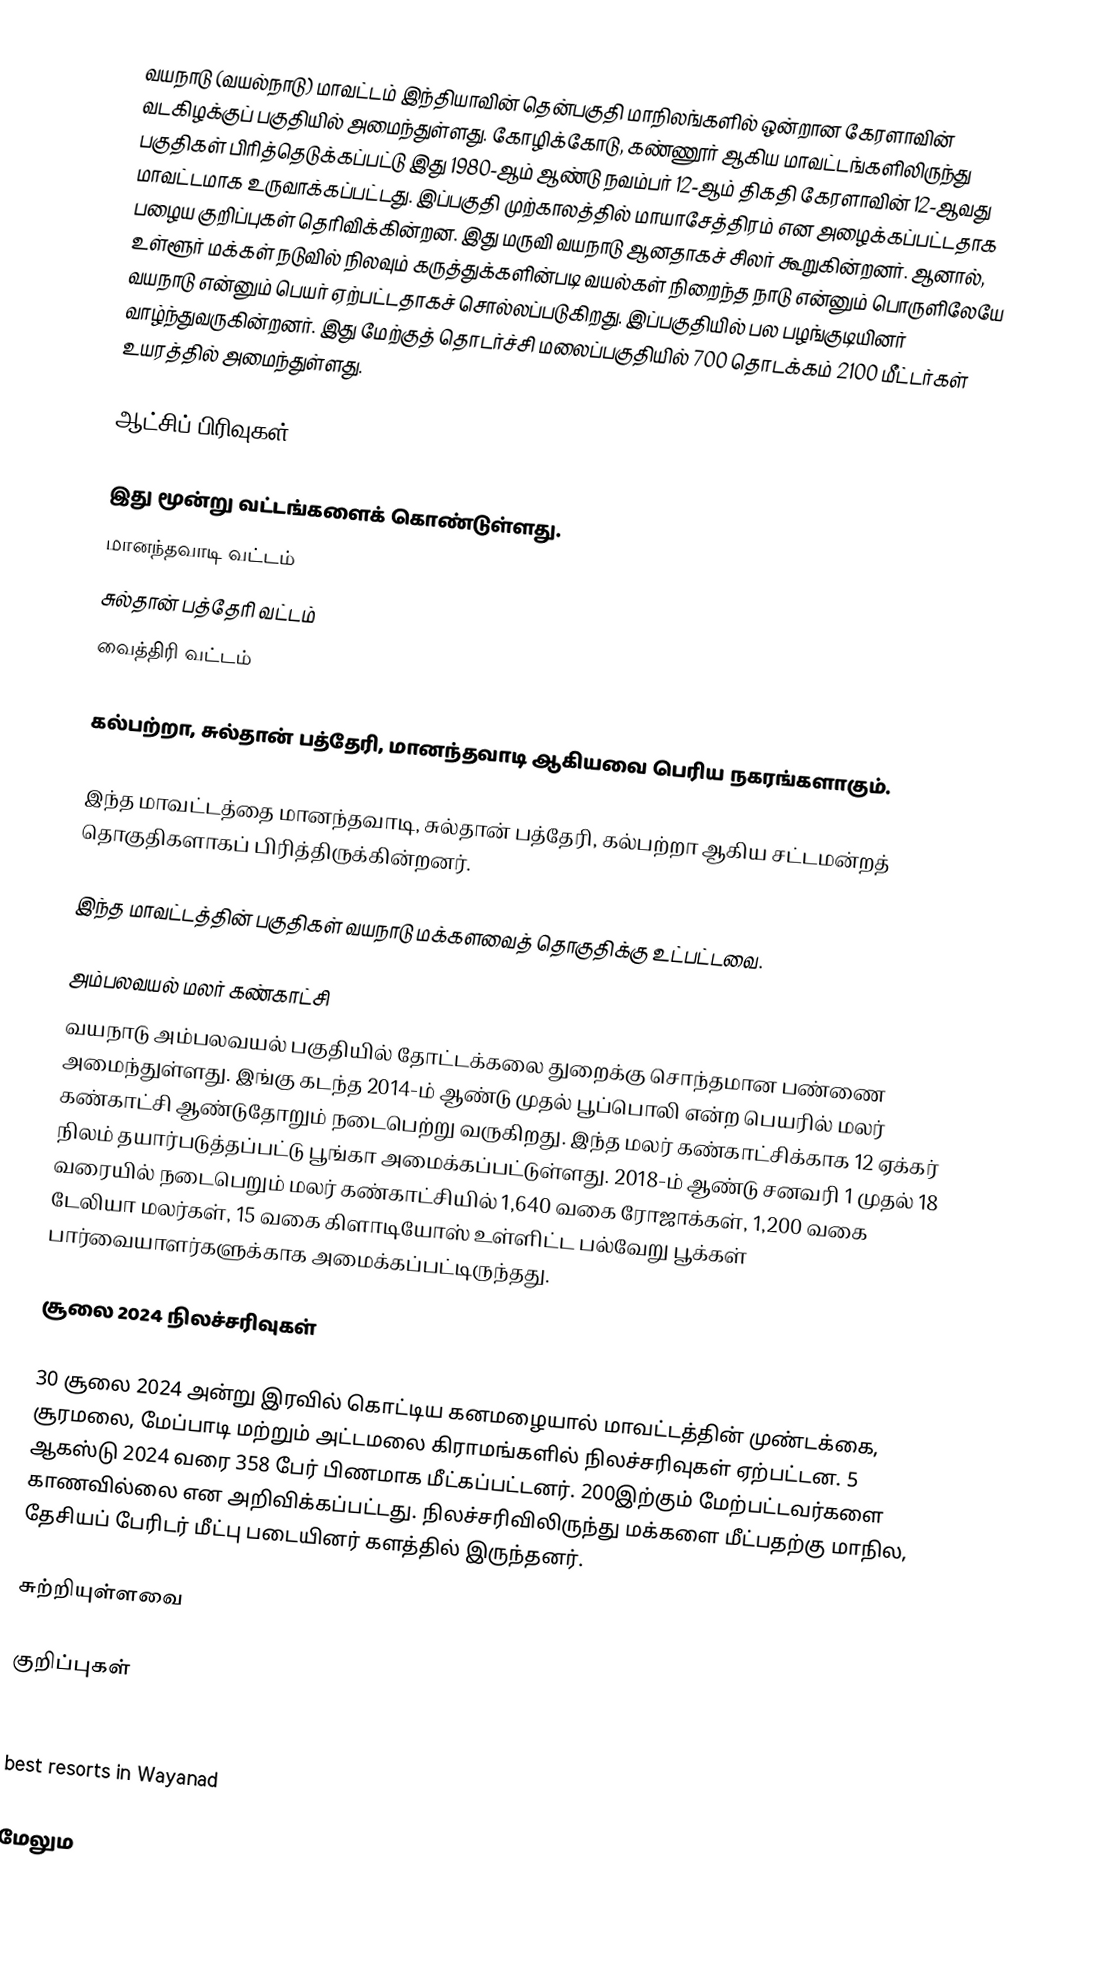
வயநாடு (வயல்நாடு) மாவட்டம் இந்தியாவின் தென்பகுதி மாநிலங்களில் ஒன்றான கேரளாவின் வடகிழக்குப் பகுதியில் அமைந்துள்ளது. கோழிக்கோடு, கண்ணூர் ஆகிய மாவட்டங்களிலிருந்து பகுதிகள் பிரித்தெடுக்கப்பட்டு இது 1980-ஆம் ஆண்டு நவம்பர் 12-ஆம் திகதி கேரளாவின் 12-ஆவது மாவட்டமாக உருவாக்கப்பட்டது. இப்பகுதி முற்காலத்தில் மாயாசேத்திரம் என அழைக்கப்பட்டதாக பழைய குறிப்புகள் தெரிவிக்கின்றன. இது மருவி வயநாடு ஆனதாகச் சிலர் கூறுகின்றனர். ஆனால், உள்ளூர் மக்கள் நடுவில் நிலவும் கருத்துக்களின்படி வயல்கள் நிறைந்த நாடு என்னும் பொருளிலேயே வயநாடு என்னும் பெயர் ஏற்பட்டதாகச் சொல்லப்படுகிறது. இப்பகுதியில் பல பழங்குடியினர் வாழ்ந்துவருகின்றனர். இது மேற்குத் தொடர்ச்சி மலைப்பகுதியில் 700 தொடக்கம் 2100 மீட்டர்கள் உயரத்தில் அமைந்துள்ளது.

ஆட்சிப் பிரிவுகள்

இது மூன்று வட்டங்களைக் கொண்டுள்ளது.
 மானந்தவாடி வட்டம்
 சுல்தான் பத்தேரி வட்டம்
 வைத்திரி வட்டம்

கல்பற்றா, சுல்தான் பத்தேரி, மானந்தவாடி ஆகியவை பெரிய நகரங்களாகும்.

இந்த மாவட்டத்தை மானந்தவாடி, சுல்தான் பத்தேரி, கல்பற்றா ஆகிய சட்டமன்றத் தொகுதிகளாகப் பிரித்திருக்கின்றனர்.

இந்த மாவட்டத்தின் பகுதிகள் வயநாடு மக்களவைத் தொகுதிக்கு உட்பட்டவை.

அம்பலவயல் மலர் கண்காட்சி
வயநாடு அம்பலவயல் பகுதியில் தோட்டக்கலை துறைக்கு சொந்தமான பண்ணை அமைந்துள்ளது. இங்கு கடந்த 2014-ம் ஆண்டு முதல் பூப்பொலி என்ற பெயரில் மலர் கண்காட்சி ஆண்டுதோறும் நடைபெற்று வருகிறது. இந்த மலர் கண்காட்சிக்காக 12 ஏக்கர் நிலம் தயார்படுத்தப்பட்டு பூங்கா அமைக்கப்பட்டுள்ளது. 2018-ம் ஆண்டு சனவரி 1 முதல் 18 வரையில் நடைபெறும் மலர் கண்காட்சியில் 1,640 வகை ரோஜாக்கள், 1,200 வகை டேலியா மலர்கள், 15 வகை கிளாடியோஸ் உள்ளிட்ட பல்வேறு பூக்கள் பார்வையாளர்களுக்காக அமைக்கப்பட்டிருந்தது.

சூலை 2024 நிலச்சரிவுகள்

30 சூலை 2024 அன்று இரவில் கொட்டிய கனமழையால் மாவட்டத்தின் முண்டக்கை, சூரமலை, மேப்பாடி மற்றும் அட்டமலை கிராமங்களில் நிலச்சரிவுகள் ஏற்பட்டன. 5 ஆகஸ்டு 2024 வரை 358 பேர் பிணமாக மீட்கப்பட்டனர். 200இற்கும் மேற்பட்டவர்களை காணவில்லை என அறிவிக்கப்பட்டது. நிலச்சரிவிலிருந்து மக்களை மீட்பதற்கு மாநில, தேசியப் பேரிடர் மீட்பு படையினர் களத்தில் இருந்தனர்.

சுற்றியுள்ளவை

குறிப்புகள்

KERLA BEST PLACES TO VISIT
best resorts in Wayanad

மேலும